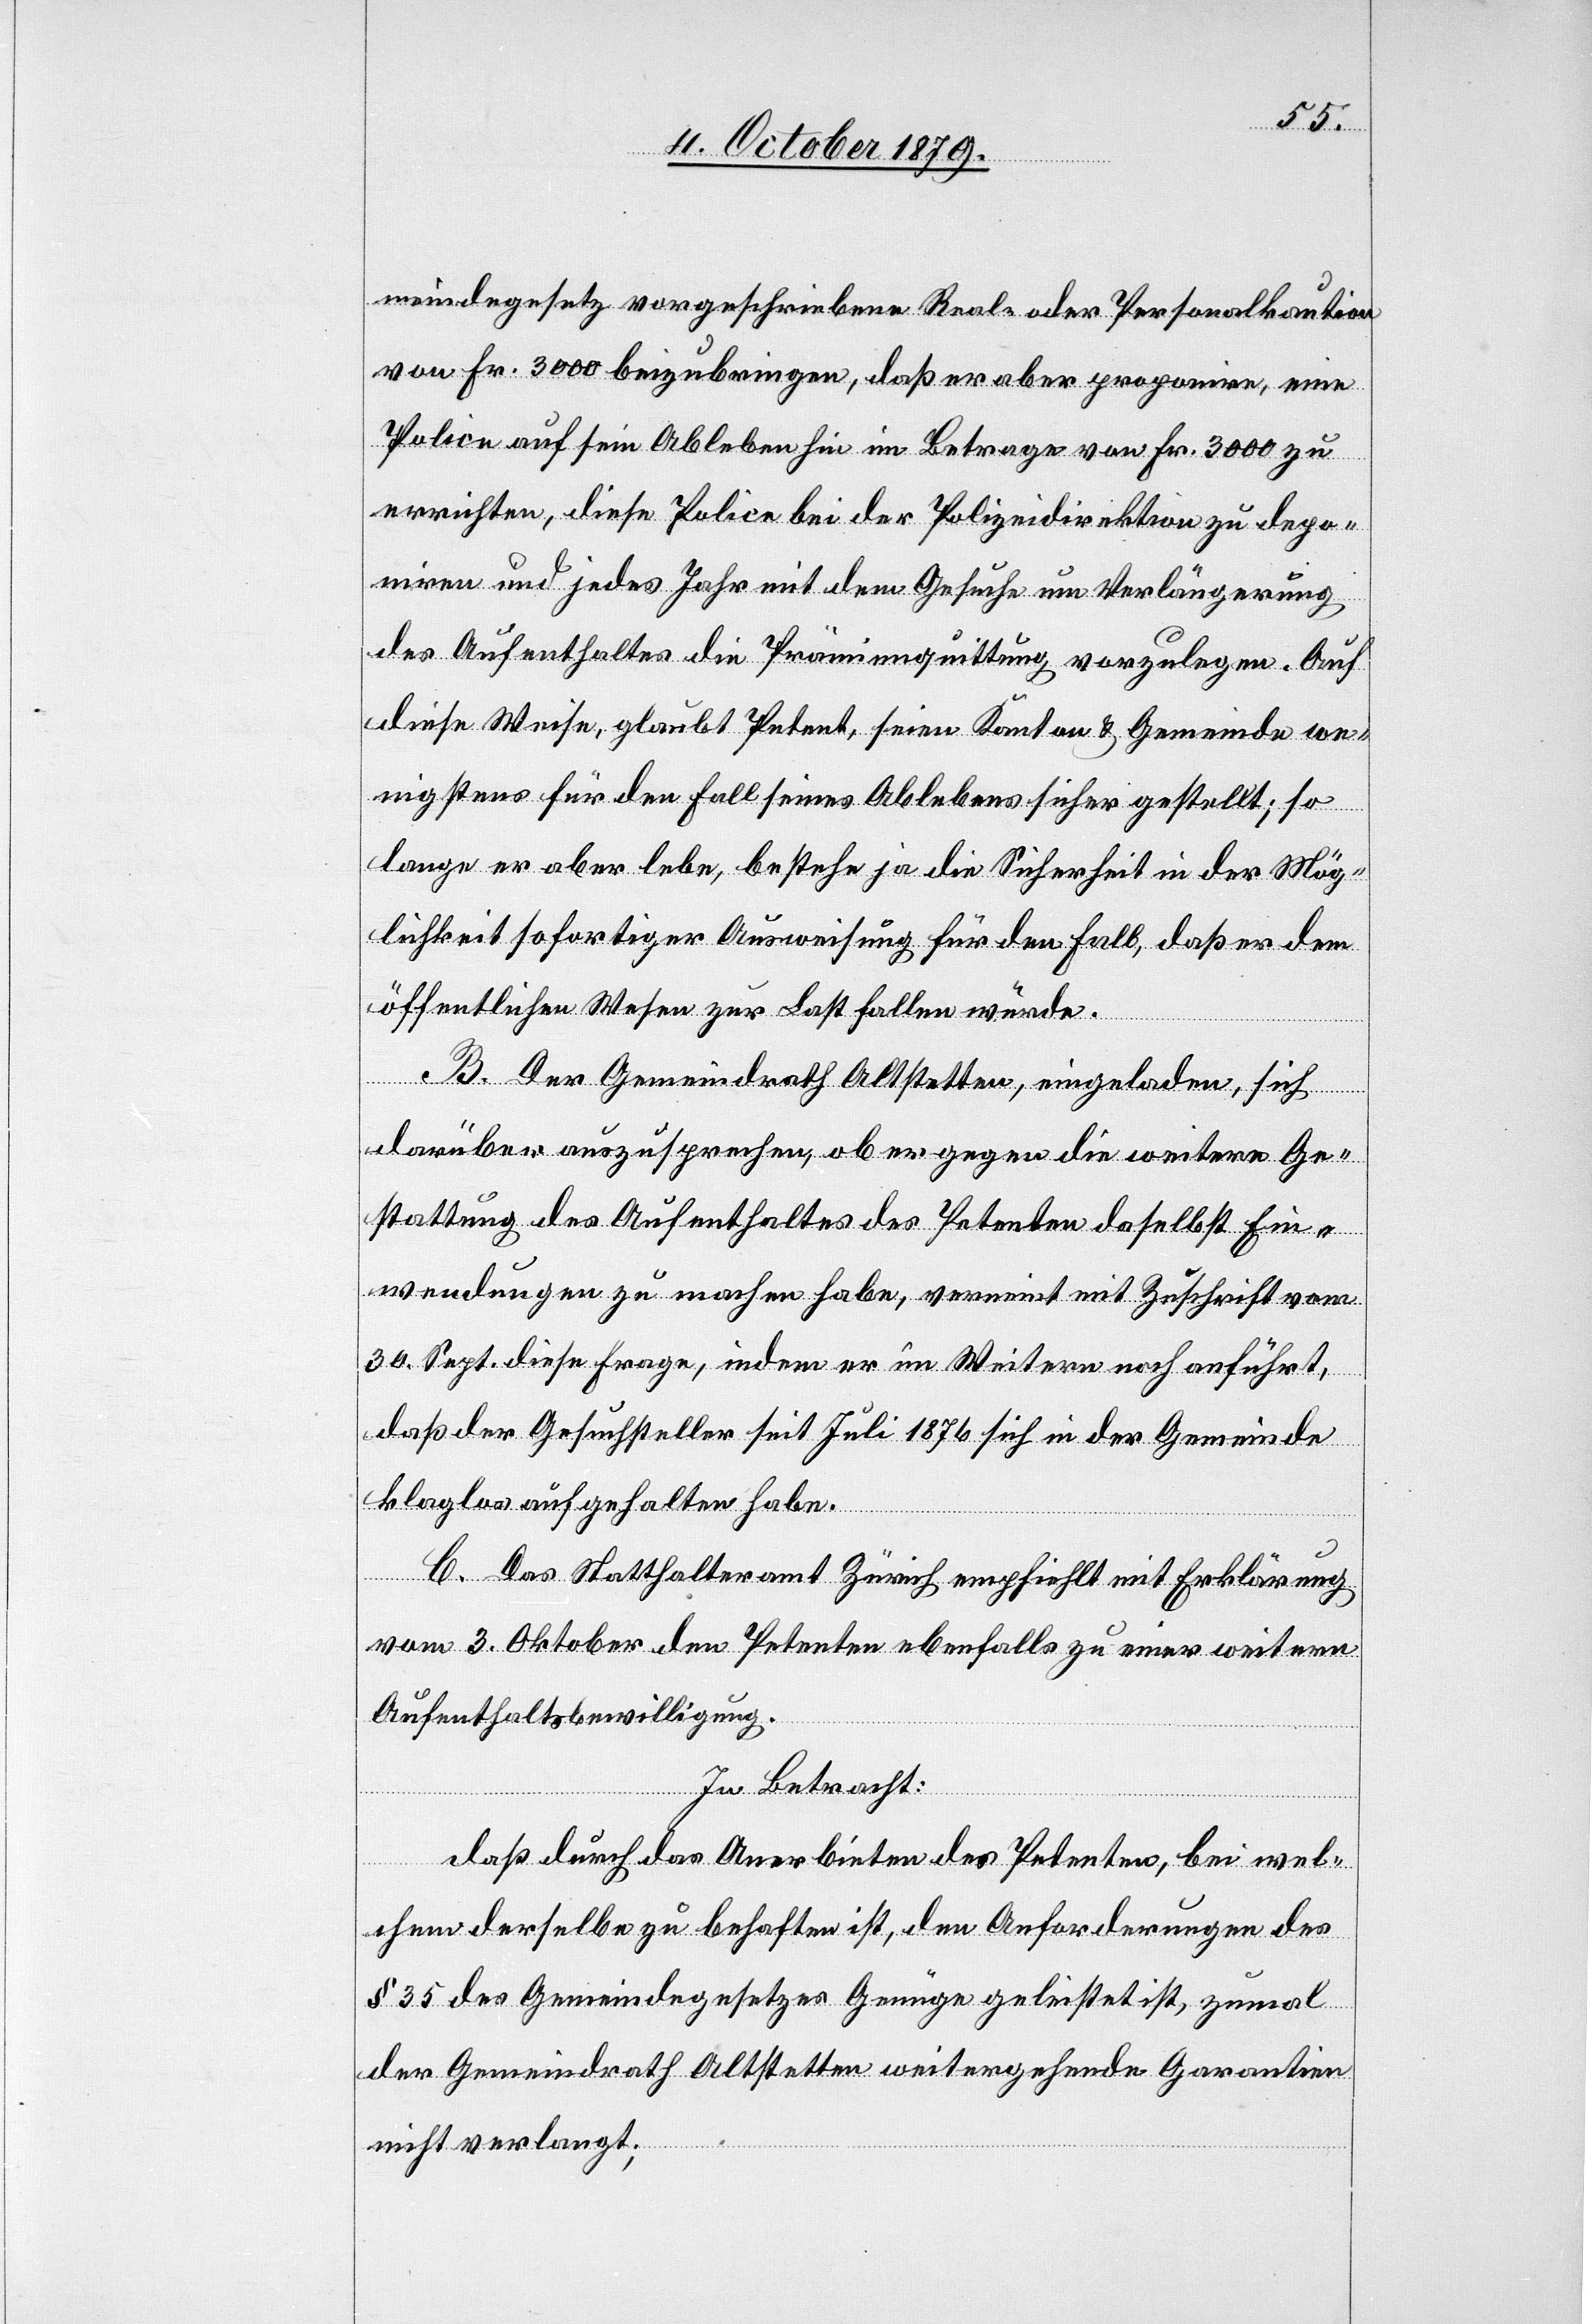
meindegesetz vorgeschriebene real- oder Personalkaution
von Fr. 3000 einzubringen, daß er aber proponire, eine
Police auf sein Ableben sei im Betrage von Fr. 3000 zu
errichten, diese Police bei der Polizeidirektion zu depo¬
nieren und jedes Jahr mit dem Gesuche um Verlängerung
des Aufenthaltes die Prämienquittung vorzulegen. Auf
diese Weise, glaubt Petent, seien Kanton & Gemeinde we¬
nigstens für den Fall seines Ablebens sicher gestellt; so
lange er aber lebe, bestehe ja die Sicherheit in der Mög¬
lichkeit sofortiger Ausweisung für den Fall, daß er dem
öffentlichen Wesen zur Last fallen würde.
B. Der Gemeindrath Altstetten, eingeladen, sich
darüber auszusprechen, ob er gegen die weitere Ge¬
stattung des Aufenthaltes des Petenten daselbst Ein¬
wendungen zu machen habe, verneint mit Zuschrift vom
30. Sept. diese Frage, indem er im Weitern noch anführt,
daß der Gesuchsteller seit Juli 1876 sich in der Gemeinde
klaglos aufgehalten habe.
C. Das Statthalteramt Zürich empfiehlt mit Erklärung
vom 3. Oktober den Petenten ebenfalls zu einer weiteren
Aufenthaltsbewilligung.
In Betracht:
daß durch das Anerbieten des Petenten, bei wel¬
chem derselbe zu behaften ist, den Anforderungen des
§ 35 des Gemeindegesetzes Genüge geleistet ist, zumal
der Gemeindrath Altstetten weitergehende Garantien
nicht verlangt;